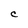
Character: C